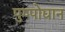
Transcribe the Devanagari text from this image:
पुष्पोद्यान